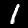
Label: 1